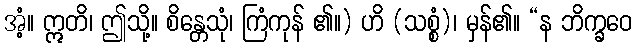
အံ့။ ဣတိ၊ ဤသို့။ စိန္တေသုံ၊ ကြံကုန် ၏။) ဟိ (သစ္စံ)၊ မှန်၏။ “န ဘိက္ခဝေ